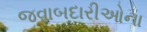
જવાબદારીઓના